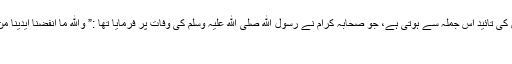
حضرت نے فرمایا کہ اس کی تائید اس جملہ سے ہوتی ہے، جو صحابہ کرام نے رسول الله صلی الله علیہ وسلم کی وفات پر فرمایا تھا :” والله ما انفضنا ایدینا من التراب حتی انکرنا قلوبنا“
یعنی خدا کی قسم !